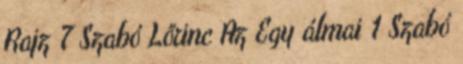
Rajz 7 Szabó Lőrinc Az Egy álmai 1 Szabó